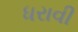
ધરાવી